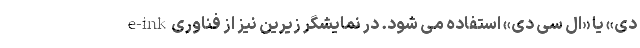
دی» یا «ال سی دی» استفاده می شود. در نمایشگر زیرین نیز از فناوریe-ink